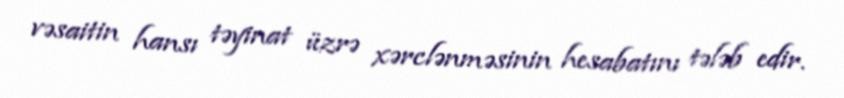
vəsaitin hansı təyinat üzrə xərclənməsinin hesabatını tələb edir.